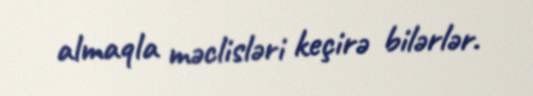
almaqla məclisləri keçirə bilərlər.